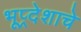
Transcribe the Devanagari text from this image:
भूप्र्देशाचे